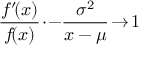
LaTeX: { \frac { f ^ { \prime } \! ( x ) } { f \! ( x ) } } \! \cdot \! - \! \, { \frac { \sigma ^ { 2 } } { x - \mu } } \! \to \! 1